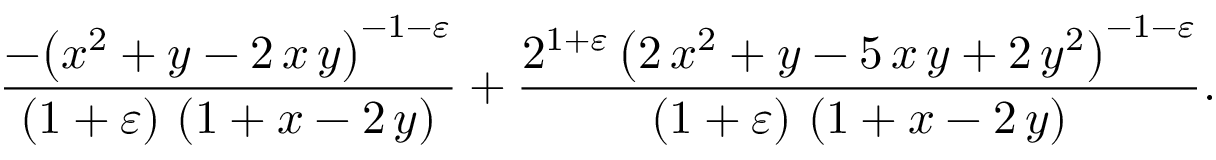
\frac { - { \left( x ^ { 2 } + y - 2 \, x \, y \right) } ^ { - 1 - \varepsilon } } { \left( 1 + \varepsilon \right) \, \left( 1 + x - 2 \, y \right) } + \frac { 2 ^ { 1 + \varepsilon } \, { \left( 2 \, x ^ { 2 } + y - 5 \, x \, y + 2 \, y ^ { 2 } \right) } ^ { - 1 - \varepsilon } } { \left( 1 + \varepsilon \right) \, \left( 1 + x - 2 \, y \right) } .